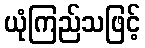
ယုံကြည်သဖြင့်